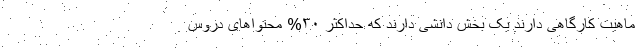
ماهیت کارگاهی دارند یک بخش دانشی دارند که حداکثر ۳۰% محتواهای دروس